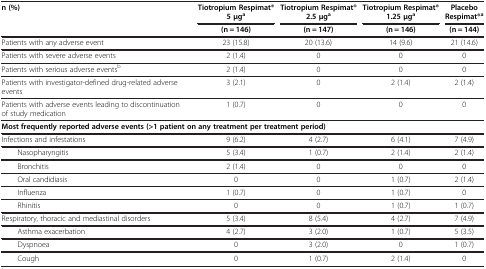
| n (%) | Tiotropium Respimat® 5 μga | Tiotropium Respimat® 2.5 μga | Tiotropium Respimat® 1.25 μga | Placebo Respimat®a |
 |  | (n = 146) | (n = 147) | (n = 146) | (n = 144) |
 | --- | --- | --- | --- | --- |
 | Patients with any adverse event | 23 (15.8) | 20 (13.6) | 14 (9.6) | 21 (14.6) |
 | Patients with severe adverse events | 2 (1.4) | 0 | 0 | 0 |
 | Patients with serious adverse eventsb | 2 (1.4) | 0 | 0 | 0 |
 | Patients with investigator-defined drug-related adverse events | 3 (2.1) | 0 | 2 (1.4) | 2 (1.4) |
 | Patients with adverse events leading to discontinuation of study medication | 1 (0.7) | 0 | 0 | 0 |
 | <COLSPAN=5> Most frequently reported adverse events (>1 patient on any treatment per treatment period) |
 | Infections and infestations | 9 (6.2) | 4 (2.7) | 6 (4.1) | 7 (4.9) |
 | Nasopharyngitis | 5 (3.4) | 1 (0.7) | 2 (1.4) | 2 (1.4) |
 | Bronchitis | 2 (1.4) | 0 | 0 | 0 |
 | Oral candidiasis | 0 | 0 | 1 (0.7) | 2 (1.4) |
 | Influenza | 1 (0.7) | 0 | 1 (0.7) | 0 |
 | Rhinitis | 0 | 0 | 1 (0.7) | 1 (0.7) |
 | Respiratory, thoracic and mediastinal disorders | 5 (3.4) | 8 (5.4) | 4 (2.7) | 7 (4.9) |
 | Asthma exacerbation | 4 (2.7) | 3 (2.0) | 1 (0.7) | 5 (3.5) |
 | Dyspnoea | 0 | 3 (2.0) | 0 | 1 (0.7) |
 | Cough | 0 | 1 (0.7) | 2 (1.4) | 0 |